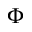
\Phi